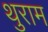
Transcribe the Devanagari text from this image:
थुराम